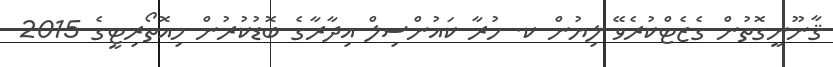
ޤާނޫނީގޮތުން ގެޒެޓްކުރެވޭ ލިޔުން ކ. ހުރާ ކައުންސިލް އިދާރާގެ ބޮޑުކުރުން މިއޮތޯރިޓީގެ 2015